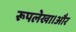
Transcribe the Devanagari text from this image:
रूपलेखा।और